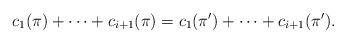
LaTeX: \begin{align*}c_1(\pi)+\dots+c_{i+1}(\pi)=c_1(\pi')+\dots+c_{i+1}(\pi').\end{align*}